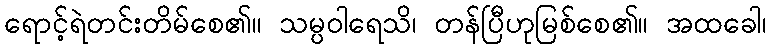
ရောင့်ရဲတင်းတိမ်စေ၏။ သမ္ပဝါရေသိ၊ တန်ပြီဟုမြစ်စေ၏။ အထခေါ၊